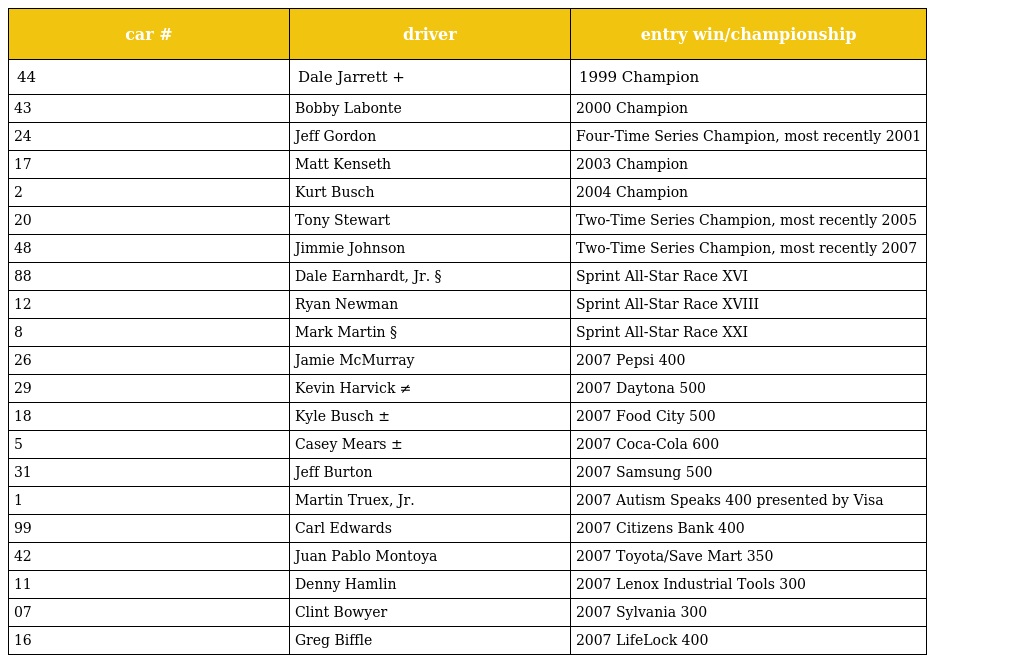
| car # | driver | entry win/championship |
 | --- | --- | --- |
 | 44 | Dale Jarrett + | 1999 Champion |
 | 43 | Bobby Labonte | 2000 Champion |
 | 24 | Jeff Gordon | Four-Time Series Champion, most recently 2001 |
 | 17 | Matt Kenseth | 2003 Champion |
 | 2 | Kurt Busch | 2004 Champion |
 | 20 | Tony Stewart | Two-Time Series Champion, most recently 2005 |
 | 48 | Jimmie Johnson | Two-Time Series Champion, most recently 2007 |
 | 88 | Dale Earnhardt, Jr. § | Sprint All-Star Race XVI |
 | 12 | Ryan Newman | Sprint All-Star Race XVIII |
 | 8 | Mark Martin § | Sprint All-Star Race XXI |
 | 26 | Jamie McMurray | 2007 Pepsi 400 |
 | 29 | Kevin Harvick ≠ | 2007 Daytona 500 |
 | 18 | Kyle Busch ± | 2007 Food City 500 |
 | 5 | Casey Mears ± | 2007 Coca-Cola 600 |
 | 31 | Jeff Burton | 2007 Samsung 500 |
 | 1 | Martin Truex, Jr. | 2007 Autism Speaks 400 presented by Visa |
 | 99 | Carl Edwards | 2007 Citizens Bank 400 |
 | 42 | Juan Pablo Montoya | 2007 Toyota/Save Mart 350 |
 | 11 | Denny Hamlin | 2007 Lenox Industrial Tools 300 |
 | 07 | Clint Bowyer | 2007 Sylvania 300 |
 | 16 | Greg Biffle | 2007 LifeLock 400 |